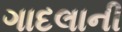
ગાદલાની